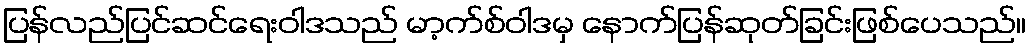
ပြန်လည်ပြင်ဆင်ရေးဝါဒသည် မာ့က်စ်ဝါဒမှ နောက်ပြန်ဆုတ်ခြင်းဖြစ်ပေသည်။